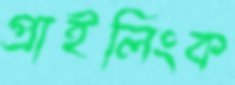
প্রাইলিংক